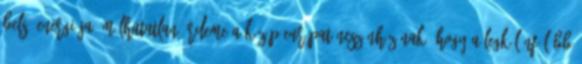
belső energiája. Múlhatatlan érdeme a Közép-EurópaTáncszínház-nak, hogy a legkülönfélébb